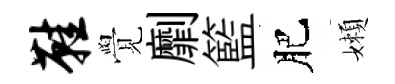
鞋覺劘籃肥嬾